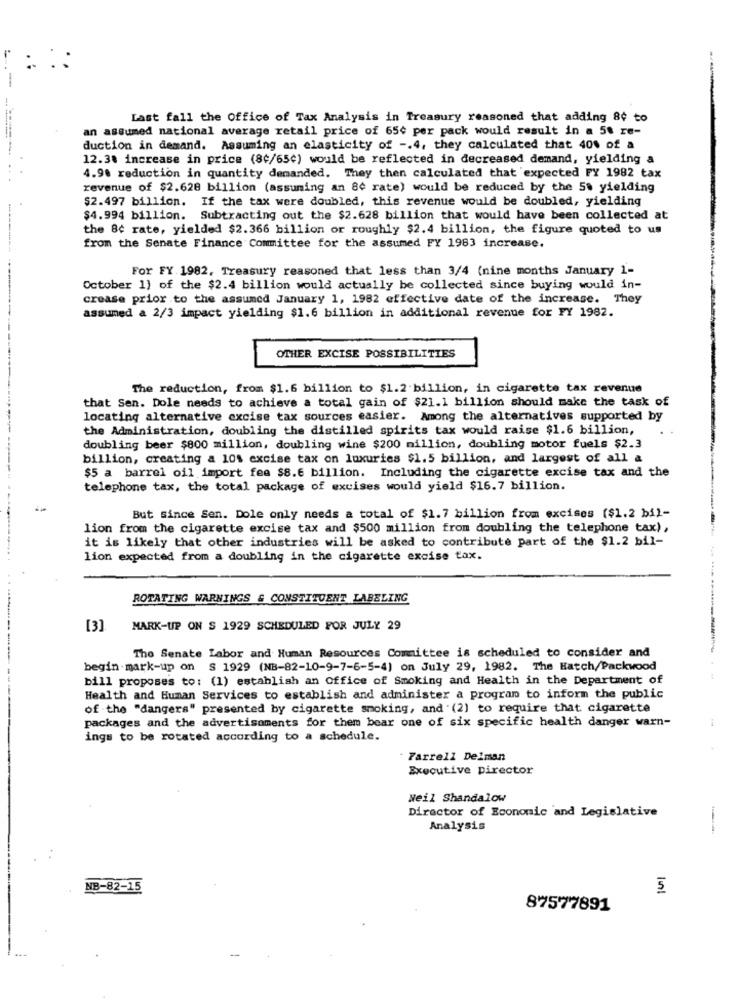
Last fall the Office of Tax Analysis in Treasury reasoned that adding 8¢ to
an assumed national average retail price of 65¢ per pack would result in a 58 re-
duction in demand. Assuming an elasticity of -. 4. they calculated that 40% of a
12.3% increase in price (84/65¢) would be reflected in decreased demand, yielding a
4.98 reduction in quantity demanded. They then calculated that expected FY 1982 tax
revenue of $2.628 billion (assuming an 80 rate) would be reduced by the 5% yielding
$2.497 billion. If the tax were doubled, this revenue would be doubled, yielding
$4.994 billion. Subtracting out the $2.628 billion that would have been collected at
the 8c rate, yielded $2.366 billion or roughly $2.4 billion, the figure quoted to us
from the Senate Finance Committee for the assumed FY 1983 increase.
For FY.1982. Treasury reasoned that less than 3/4 (nine months January 1-
October 1) of the $2.4 billion would actually be collected since buying would in-
crease prior to the assumed January 1, 1982 effective date of the increase. They
assumed a 2/3 impact yielding $1.6 billion in additional revenue for FY 1982.
-----
OTHER EXCISE POSSIBILITIES
The reduction, from $1.6 billion to $1.2 billion, in cigarette tax revenue
that Sen. Dole needs to achieve a total gain of $21.1 billion should make the task of
locating alternative excise tax sources easier. Among the alternatives supported by
the Administration, doubling the distilled spirits tax would raise $1.6 billion,
doubling beer $800 million, doubling wine $200 million, doubling motor fuels $2.3
billion, creating a 10% excise tax on luxuries $1.5 billion, and largest of all a
$5 a barrel oil import fee $8.6 billion. Including the cigarette excise tax and the
telephone tax, the total package of excises would yield $16.7 billion.
But since Sen. Dole only needs a total of $1.7 billion from excises ($1.2 bil-
lion from the cigarette excise tax and $500 million from doubling the telephone tax),
it is likely that other industries will be asked to contribute part of the $1.2 bil-
lion expected from a doubling in the cigarette excise tax.
ROTATING WARNINGS & CONSTITUENT LABELING
[3]
MARK-UP ON S 1929 SCHEDULED FOR JULY 29
The Senate Labor and Human Resources Committee is scheduled to consider and
begin .mark-up on S 1929 (NB-82-10-9-7-6-5-4) on July 29, 1982. The Hatch/Packwood
bill proposes to: (1) establish an Office of Smoking and Health in the Department of
Health and Human Services to establish and administer a program to inform the public
of the "dangers" presented by cigarette smoking, and (2) to require that cigarette
packages and the advertisements for them bear one of six specific health danger warn-
ings to be rotated according to a schedule.
. Farrell Delman
Executive Director
Neil Shandalow
Director of Economic and Legislative
Analysis
NB-82-15
87577891